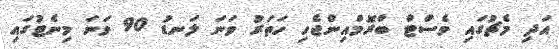
އަދި މެޗުގައި ވެސްޓް ބްރޮމްއިންޖެހި ހަތަރު ވަނަ ލަނޑު 90 ވަނަ މިނެޓުގައި